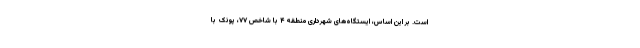
است. بر این اساس، ایستگاه‌های شهرداری منطقه ۴ با شاخص ۷۷، پونک با